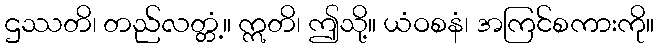
ဌဿတိ၊ တည်လတ္တံ့။ ဣတိ၊ ဤသို့။ ယံဝစနံ၊ အကြင်စကားကို။